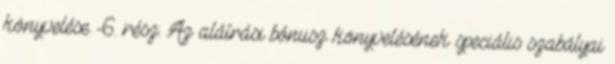
könyvelése -6. rész: Az aláírási bónusz könyvelésének speciális szabályai